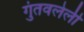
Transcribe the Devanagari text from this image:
गुंतवलेली